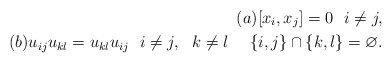
\begin{align*} (a) [x_i,x_j]=0 \ \ i \not= j,\\(b) u_{ij} u_{kl}=u_{kl} u_{ij} \ \ i \not=j, \ \ k \not= l \ \ \ \ \{i,j \} \cap \{k,l \}=\varnothing.\end{align*}